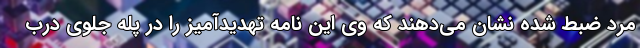
مرد ضبط شده نشان می‌دهند که وی این نامه تهدیدآمیز را در پله جلوی درب